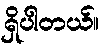
ရှိပါတယ်။